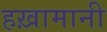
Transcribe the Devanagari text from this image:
हख़ामानी